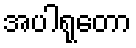
အပါရုတော